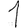
Digit: 1